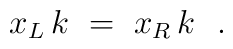
x_L \, k \ = \ x_R \, k \ \ .